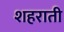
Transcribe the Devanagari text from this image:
शहराती